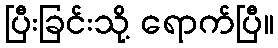
ပြီးခြင်းသို့ ရောက်ပြီ။